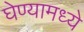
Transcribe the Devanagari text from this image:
घेण्यामध्ये